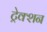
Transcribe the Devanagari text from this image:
ट्रेक्शन